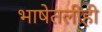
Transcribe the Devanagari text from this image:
भाषेतलीही